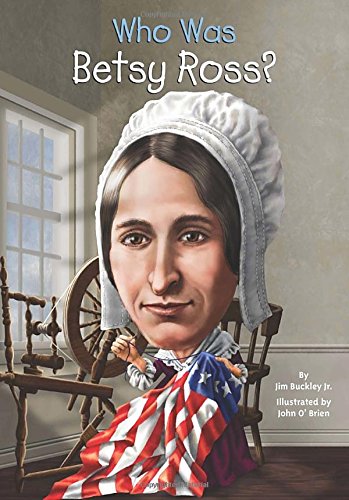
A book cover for Who Was Betsy Ross?; James Buckley; Children's Books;